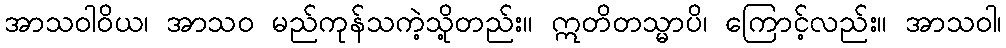
အာသဝါဝိယ၊ အာသဝ မည်ကုန်သကဲ့သို့တည်း။ ဣတိတသ္မာပိ၊ ကြောင့်လည်း။ အာသဝါ၊